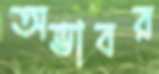
অভাবর